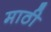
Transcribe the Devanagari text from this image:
माठी